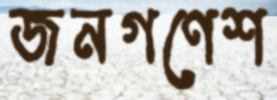
জনগণেশ